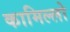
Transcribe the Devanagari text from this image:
कामिल्लो